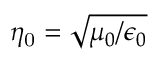
\eta _ { \mathrm { 0 } } = \sqrt { \mu _ { 0 } / \epsilon _ { 0 } }